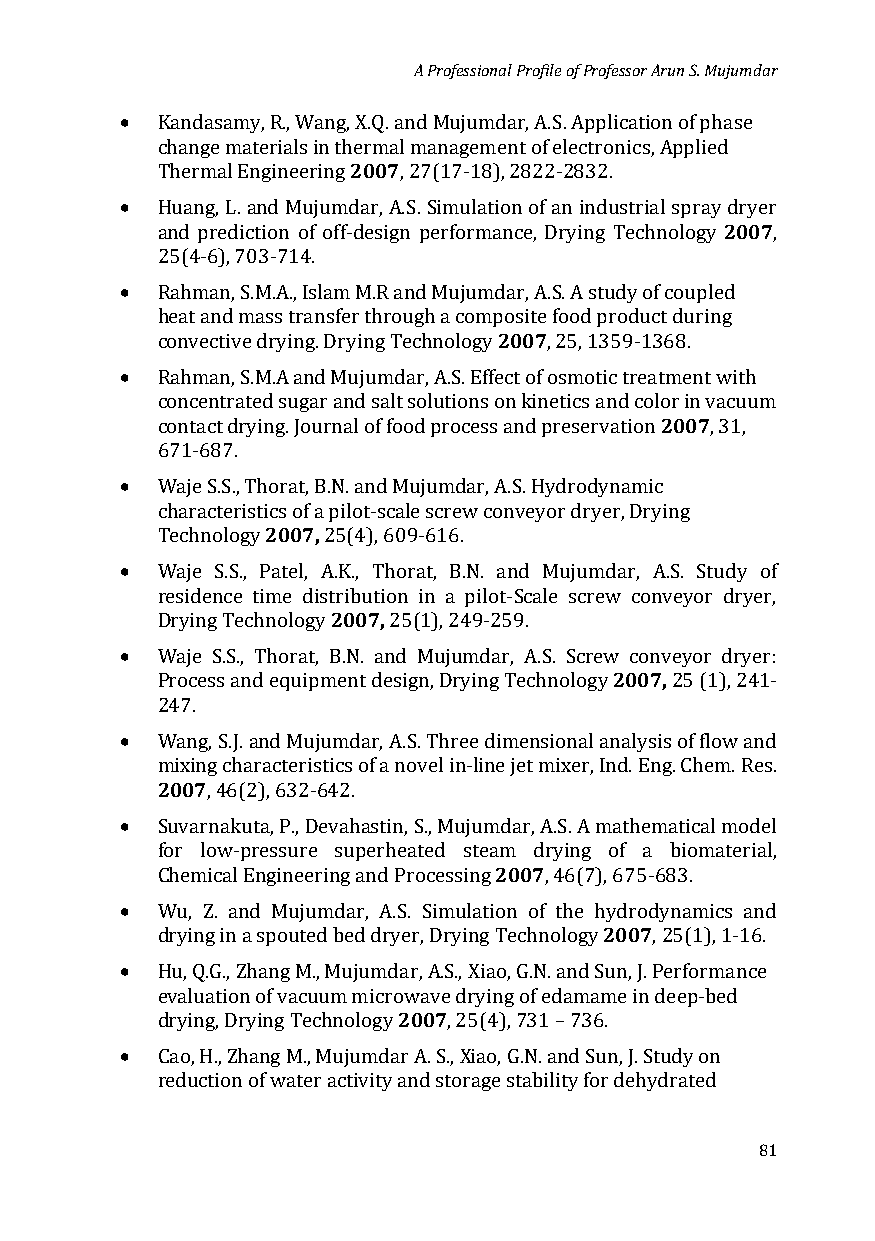
A Professional Profile of Professor Arun S. Mujumdar
 •
 Kandasamy, R., Wang,2 X0.Q0.7 and Mujumdar, A.S. Application of phase
 change materials in thermal management of electronics, Applied
 •
 Thermal Engineering , 27(17-18), 2822-2832.
 2007
 Huang, L. and Mujumdar, A.S. Simulation of an industrial spray dryer
 and prediction of off-design performance, Drying Technology ,
 •
 25(4-6), 703-714.
 Rahman, S.M.A., Islam M.R and Mujumd2a0r0, A7.S. A study of coupled
 heat and mass transfer through a composite food product during
 •
 convective drying. Drying Technology , 25, 1359-1368.
 Rahman, S.M.A and Mujumdar, A.S. Effect of osmotic treat2m0e0n7t with
 concentrated sugar and salt solutions on kinetics and color in vacuum
 contact drying. Journal of food process and preservation , 31,
 •
 671-687.
 Waje S.S., Th 2o0ra0t7, B, .N. and Mujumd a r, A.S. Hydrodynamic
 characteristics of a pilot-scale screw conveyor dryer, Drying
 •
 Technology 25(4), 609-616.
 Waje S.S., Patel, A 2.K0.0, 7T,h orat, B.N. and Mujumdar, A.S. Study of
 residence time distribution in a pilot-Scale screw conveyor dryer,
 •
 Drying Technology 25(1), 249-259.
 2007,
 Waje S.S., Thorat, B.N. and Mujumdar, A.S. Screw conveyor dryer:
 Process and equipment design, Drying Technology 25 (1), 241-
 •
 247.
 W20a0n7g, S.J. and Mujumdar, A.S. Three dimensional analysis of flow and
 mixing characteristics of a novel in-line jet mixer, Ind. Eng. Chem. Res.
 •
 , 46(2), 632-642.
 Suvarnakuta, P., Devahastin, S., Mujum 2d0a0r,7 A.S. A mathematical model
 for low-pressure superheated steam drying of a biomaterial,
 •
 Chemical Engineering and Processing , 46(7), 675-683.
 2007
 Wu, Z. and Mujumdar, A.S. Simulation of the hydrodynamics and
 •
 drying in a spouted bed dryer, Drying Technology , 25(1), 1-16.
 Hu, Q.G., Zhang M., Mujumd2ar0,0 A7.S., Xiao, G.N. and Sun, J. Performance
 evaluation of vacuum microwave drying of edamame in deep-bed
 •
 drying, Drying Technology , 25(4), 731 – 736.
 Cao, H., Zhang M., Mujumdar A. S., Xiao, G.N. and Sun, J. Study on
 reduction of water activity and storage stability for dehydrated
 81